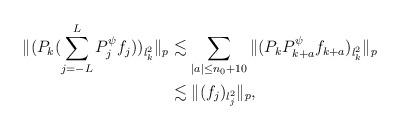
LaTeX: \begin{align*}\| (P_k( \sum_{j=-L}^L P_j^{\psi} f_j) )_{l_k^2} \|_p&\lesssim \sum_{|a|\le n_0+10} \| (P_k P_{k+a}^{\psi} f_{k+a} )_{l_k^2} \|_p \\&\lesssim \| (f_j)_{l_j^2} \|_p,\end{align*}